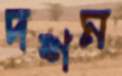
দশম